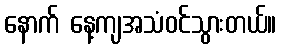
နောက် နေ့ကျအသံဝင်သွားတယ်။